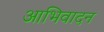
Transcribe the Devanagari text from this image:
आभिवादन